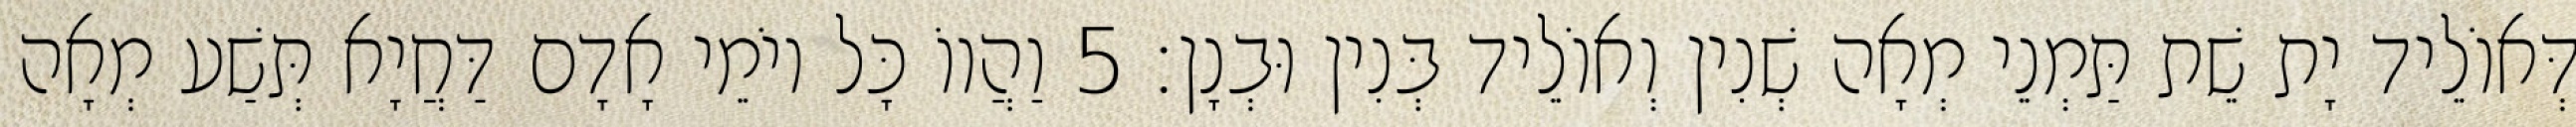
דְּאוֹלֵיד יָת שֵׁת תַּמְנֵי מְאָה שְׁנִין וְאוֹלֵיד בְּנִין וּבְנָן׃ 5 וַהֲווֹ כָּל יוֹמֵי אָדָם דַּחֲיָא תְּשַׁע מְאָה